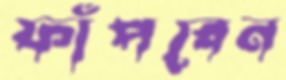
ফাঁপবেন